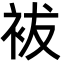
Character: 袚